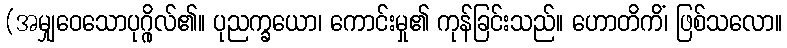
(အမျှဝေသောပုဂ္ဂိုလ်၏။ ပုညက္ခယော၊ ကောင်းမှု၏ ကုန်ခြင်းသည်။ ဟောတိကိံ၊ ဖြစ်သလော။